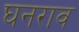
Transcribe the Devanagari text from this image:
घनराव